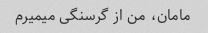
مامان، من از گرسنگی میمیرم